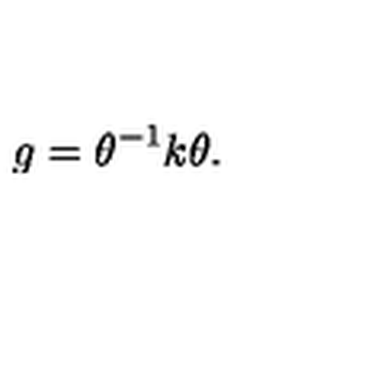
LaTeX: g = \theta ^ { - 1 } k \theta .